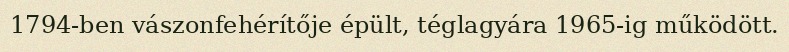
1794-ben vászonfehérítője épült, téglagyára 1965-ig működött.